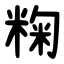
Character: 粷